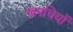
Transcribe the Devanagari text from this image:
खपचियों